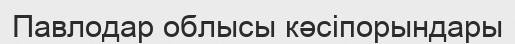
Павлодар облысы кәсіпорындары